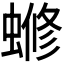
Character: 𬠡